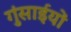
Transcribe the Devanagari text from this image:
गुंसाईयों